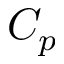
C _ { p }